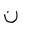
Letter: _non